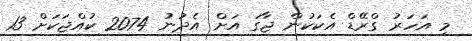
މި އަހަރު ގްރޭޑް އެކަކުން ޖާގަ އަށް އެދުނު 2074 ކުއްޖަކަށް 13